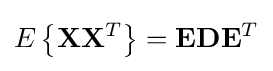
E\left\{\mathbf {X} \mathbf {X} ^{T}\right\}=\mathbf {E} \mathbf {D} \mathbf {E} ^{T}